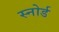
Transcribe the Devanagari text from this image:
स्नोर्ड